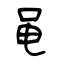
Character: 黾